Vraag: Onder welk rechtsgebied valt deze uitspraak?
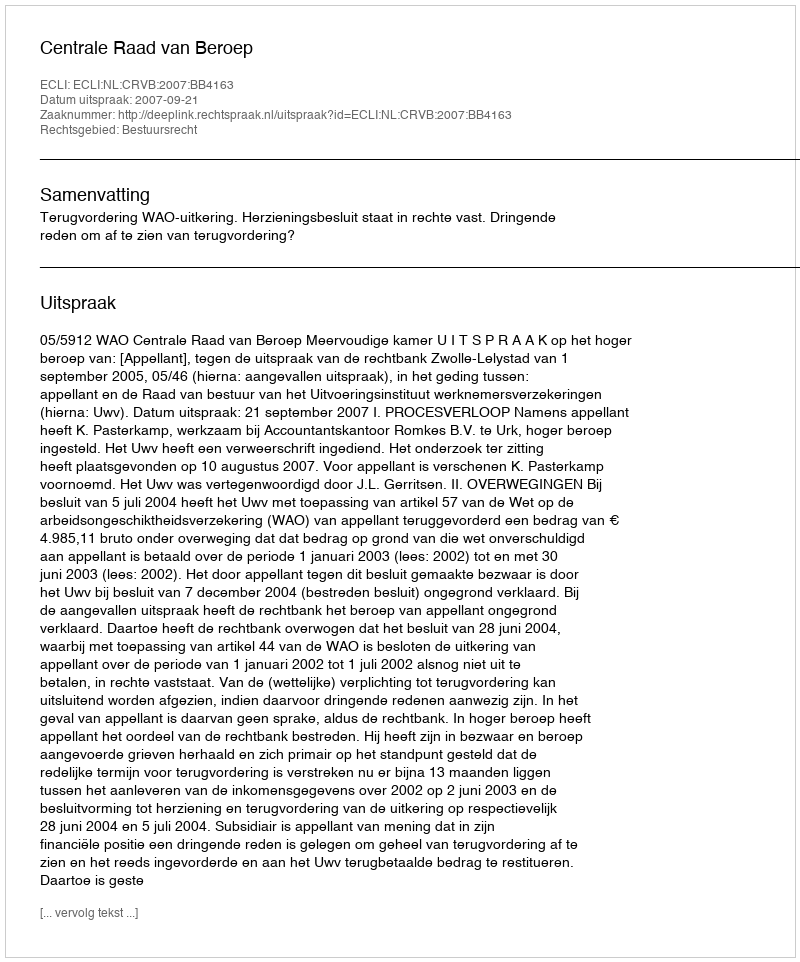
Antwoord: Bestuursrecht